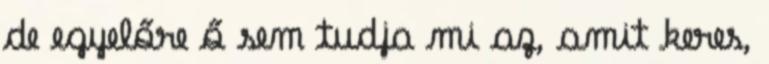
de egyelőre ő sem tudja mi az, amit keres,